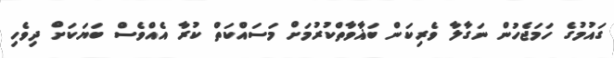
ގައުމުގެ ހަމަޖެހުން ނަގާލާ ވެރިކަން ބަޣާވާތްކުރުމަށް މަސައްކަތް ކުރާ އެއްވެސް ބަޔަކަށް ދިވެހި